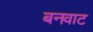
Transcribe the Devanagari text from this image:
बनवाट